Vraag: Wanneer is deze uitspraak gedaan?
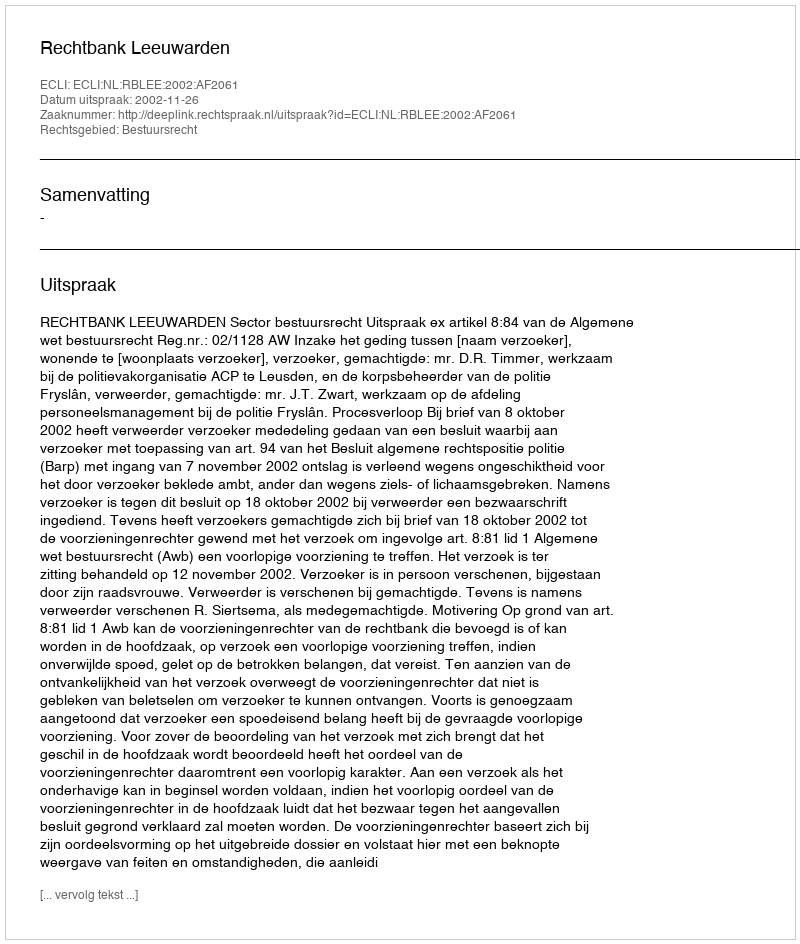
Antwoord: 2002-11-26